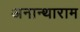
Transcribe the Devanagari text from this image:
अनान्थाराम